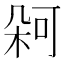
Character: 𭪋